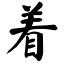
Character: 着